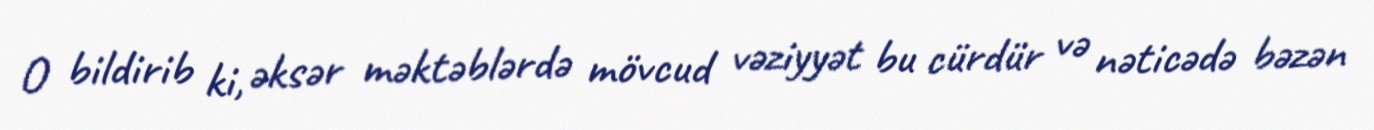
O bildirib ki, əksər məktəblərdə mövcud vəziyyət bu cürdür və nəticədə bəzən